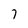
Character: 7